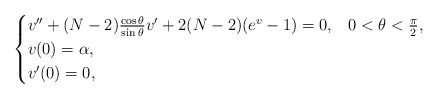
\begin{align*}\begin{cases}v''+(N-2)\frac{\cos\theta}{\sin\theta}v'+2(N-2)(e^v-1)=0, & 0<\theta<\frac{\pi}{2},\\v(0)=\alpha,\\v'(0)=0,\end{cases}\end{align*}